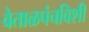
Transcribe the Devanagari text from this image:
वेताळपंचविशी